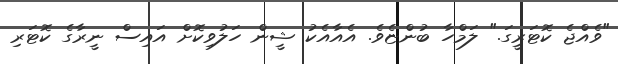
"ވެއްޖެ ކޮޓަރީގަ." ލަމްހާ ބުންޏެވެ. އެއާއެކު ޝީން ހަލުވިކޮށް އައިސް ނީރާގެ ކޮޓަރި